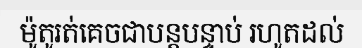
ម៉ូតូរត់គេចជាបន្តបន្ទាប់ រហូតដល់